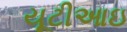
યૂટીઆઇ